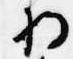
将